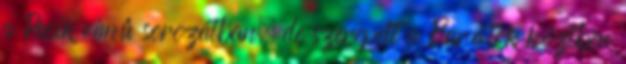
a Pasik című sorozatban, de szerepelt a Barátok köztben